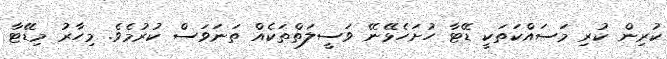
ކުރިން ކުރި މަސައްކަތަކީ ޑޭޓާ ހުށަހެޅޭނޭ ވަސީލަތްތަކެއް ތަނަވަސް ކުރުމެވެ. މިހާރު މިޑޭޓާ